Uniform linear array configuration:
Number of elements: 24
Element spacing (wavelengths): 0.25
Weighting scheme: cosine
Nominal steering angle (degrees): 30
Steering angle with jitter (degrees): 28.014
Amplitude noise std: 0.05
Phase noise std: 0.05

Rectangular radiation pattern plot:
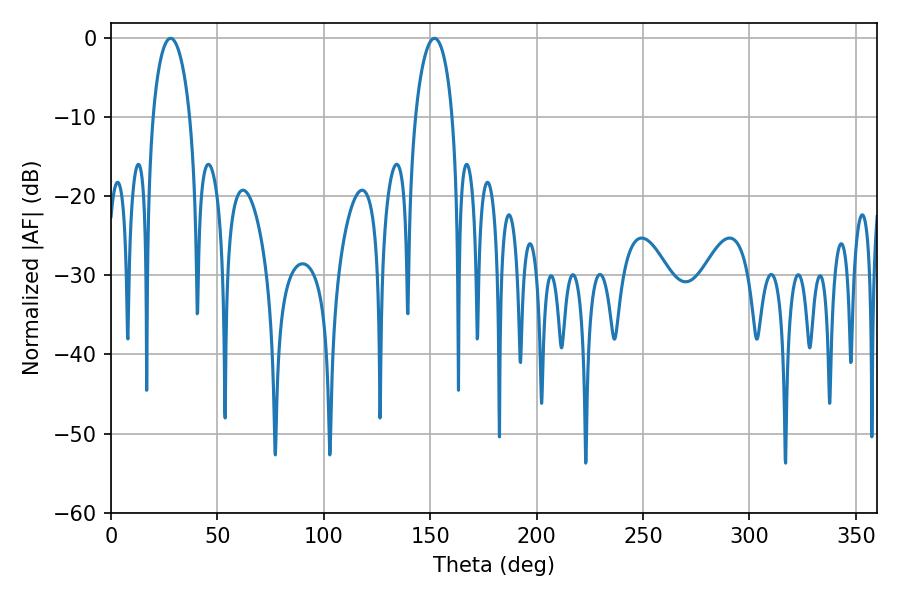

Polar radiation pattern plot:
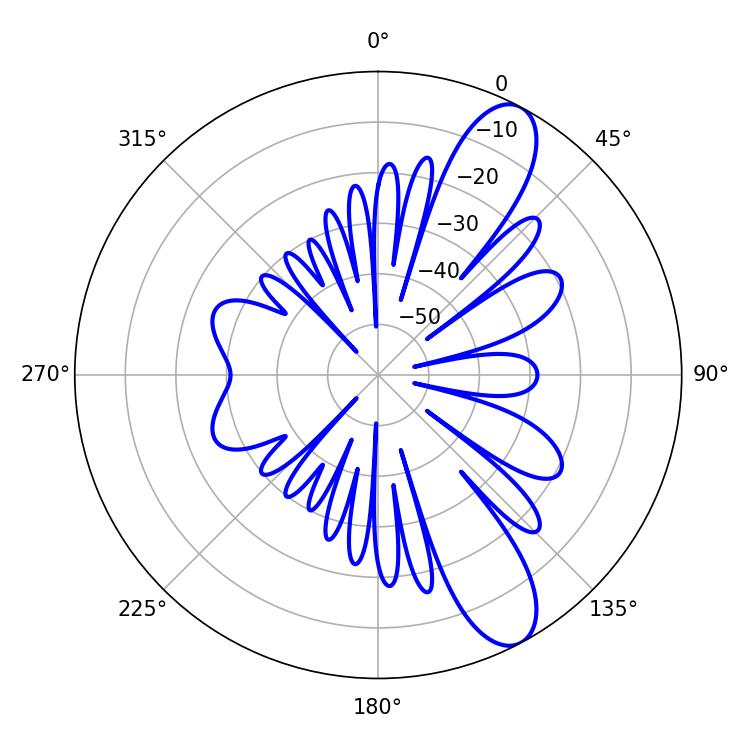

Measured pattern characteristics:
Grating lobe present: FALSE
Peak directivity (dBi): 10.502
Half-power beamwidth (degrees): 9.9
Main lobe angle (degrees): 151.92